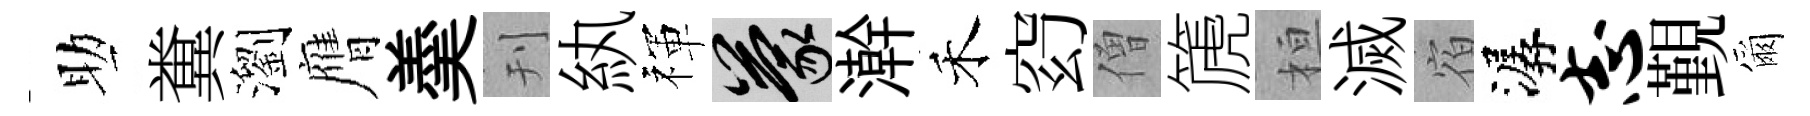
助糞瀏膺羮刊紈禈蒙澣禾𥥆僧篪桓滅宿潺志覲爾